Lunatic asylums United Provinces 1909-1921 - 1909-1921
Year: 1909
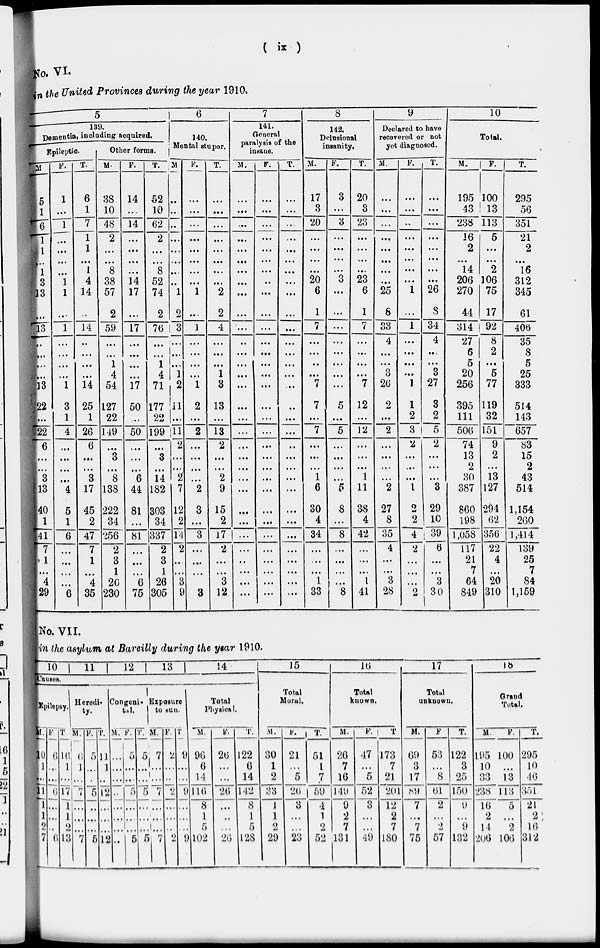
(
ix
)
No. VI.
in the United Provinces during the year 1910.
5
139.
Dementia , including acquired.
Epileptic.
M.
5
1
6
1
1
...
1
3
13
...
13
...
...
...
...
13
22
...
22
6
...
...
3
13
40
1
41
7
1
...
4
29
F.
1
...
1
...
...
...
...
1
1
...
1
...
...
...
...
1
3
1
4
...
...
...
...
4
5
1
6
...
...
...
...
6
T.
6
1
7
1
1
...
1
4
14
...
14
...
...
...
...
14
25
1
26
6
...
...
3
17
45
2
47
7
1
4
35
Other forms.
M.
38
10
48
2
...
...
8
38
57
2
59
...
...
1
4
54
127
22
149
...
3
...
8
138
222
34
256
2
3
1
20
230
F.
14
...
14
...
...
...
...
14
17
...
17
...
...
...
...
17
50
...
50
...
...
...
6
44
81
...
81
...
...
...
6
75
T.
52
10
62
2
...
...
8
52
74
2
76
...
...
1
4
71
177
22
199
...
3
...
14
182
303
34
337
2
3
1
26
305
6
140.
Mental stupor.
M.
...
...
...
...
...
...
...
1
2
3
...
...
...
1
2
11
...
11
2
...
...
2
7
12
2
14
2
...
...
3
9
F.
...
...
...
...
...
...
...
...
1
...
1
...
...
...
...
1
2
...
2
...
...
...
...
2
3
...
3
...
...
...
...
3
T.
...
...
...
...
...
...
...
...
2
2
4
...
...
...
1
3
13
...
13
2
...
...
2
9
15
2
17
2
...
...
3
12
7
141.
General
paralysis of the
insane.
M.
...
...
...
...
...
...
...
...
...
...
...
...
...
...
...
...
...
...
...
...
...
...
...
...
...
...
...
...
...
...
...
...
F.
...
...
...
...
...
...
...
...
...
...
...
...
...
...
...
...
...
...
...
...
...
...
...
...
...
...
...
...
...
...
...
...
T.
...
...
...
...
...
...
...
...
...
...
...
...
...
....
...
...
...
...
...
...
...
...
...
...
...
...
...
...
...
...
...
...
8
142.
Delusional
insanity.
M.
17
3
20
...
...
...
...
20
6
1
7
...
...
...
...
7
7
...
7
...
...
...
1
6
30
4
34
...
...
...
1
33
F.
3
...
3
...
...
...
...
3
...
...
...
...
...
...
...
...
5
...
5
...
...
...
...
5
8
...
8
...
...
...
...
8
T.
20
3
23
...
...
...
...
23
6
1
7
...
...
...
...
7
12
...
12
...
...
...
1
11
38
4
42
...
...
...
1
41
9
Declared to have
recovered or not
yet diagnosed.
M.
...
...
...
...
...
...
...
...
25
8
33
4
...
...
3
26
2
...
2
...
...
...
...
2
27
8
35
4
...
...
3
28
F.
...
...
...
...
...
...
...
...
1
...
1
...
...
...
...
1
1
2
3
2
...
...
...
1
2
2
4
2
...
...
...
2
T.
...
...
...
...
...
...
...
...
26
3
34
4
...
...
3
27
3
2
2
...
...
...
3
29
10
39
6
...
...
3
30
10
Total.
M.
195
43
238
16
2
...
14
206
270
44
314
27
6
5
20
256
395
111
506
74
13
2
30
387
860
198
1,058
117
21
7
64
849
F.
100
13
113
5
...
...
2
106
75
17
92
8
2
...
5
77
119
32
151
9
2
...
13
127
294
62
856
22
4
...
20
310
T.
295
56
351
21
2
...
16
312
345
61
406
35
8
5
25
333
514
143
657
83
15
2
43
514
1,154
260
1,414
139
25
7
84
1,159
No. VII.
in the asylum at Bareilly during the year 1910.
10
11
12
13
14
Causes.
Epilepsy.
M.
10
1
...
11
1
1
2
7
F.
6
...
...
6
...
...
...
6
T.
16
1
...
17
1
1
2
13
_
Heredi-
ty.
M.
6
1
...
7
...
...
...
7
F.
5
...
...
5
...
...
...
5
T.
11
1
...
12
...
...
...
12
Congeni-
tal.
M.
...
...
...
...
...
...
...
...
F.
5
...
...
5
...
...
...
5
T.
5
...
...
5
...
...
...
5
Exposure
to sun.
M.
7
...
...
7
...
...
...
7
F.
2
...
...
2
...
...
...
2
T
9
...
...
9
...
...
...
9
Total
Physical.
M.
96
6
14
116
8
1
5
102
F.
26
...
...
26
...
...
...
26
T.
122
6
14
142
8
1
5
128
15
Total
Moral.
M.
30
1
2
33
1
1
2
29
F.
21
...
5
26
3
...
...
23
T.
51
1
7
59
4
1
2
52
16
Total
known.
M.
26
7
16
149
9
2
7
131
F.
47
...
5
52
3
...
...
49
T.
173
7
21
201
12
2
7
180
17
Total
unknown.
M.
69
3
17
89
7
...
7
75
F.
53
...
8
61
2
...
2
57
T.
122
3
25
150
9
...
9
132
18
Grand
Total.
M.
195
10
33
238
16
2
14
206
F.
100
...
13
113
5
...
2
106
T.
295
10
46
351
21
2
16
312